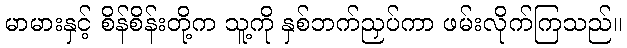
မာမားနှင့် စိန်စိန်းတို့က သူ့ကို နှစ်ဘက်ညှပ်ကာ ဖမ်းလိုက်ကြသည်။